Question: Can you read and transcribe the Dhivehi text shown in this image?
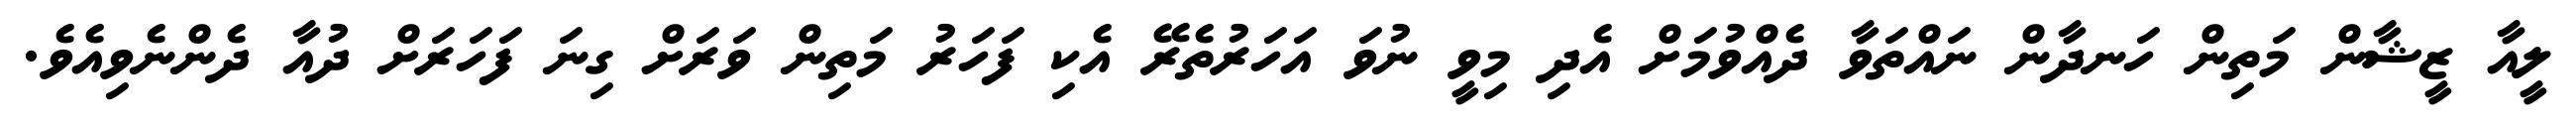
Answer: ލީއާ ޒީޝާން މަތިން ހަނދާން ނައްތަވާ ދެއްވުމަށް އެދި މިވީ ނުވަ އަހަރުތެރޭ އެކި ފަހަރު މަތިން ވަރަށް ގިނަ ފަހަރަށް ދުއާ ދެންނެވިއެވެ.